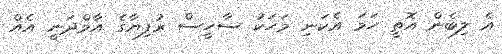
އެ ލިބެން އޮތީ ހަމަ އެކަނި މަހަކު ސާޚީސް ރުފިޔާގެ އާމްދަނީ އެއް